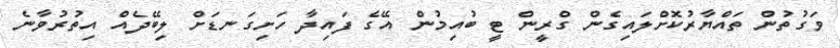
ވަގުތުން ތައްޔާރުކޮށްލައިގެން ގްރީން ޓީ ބުއިމުން އޭގެ ފައިދާ ހަށިގަނޑަށް ލިބޭދެއް އިތުރުވާނެ